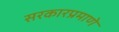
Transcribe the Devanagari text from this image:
सरकारप्रमाणे